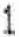
1